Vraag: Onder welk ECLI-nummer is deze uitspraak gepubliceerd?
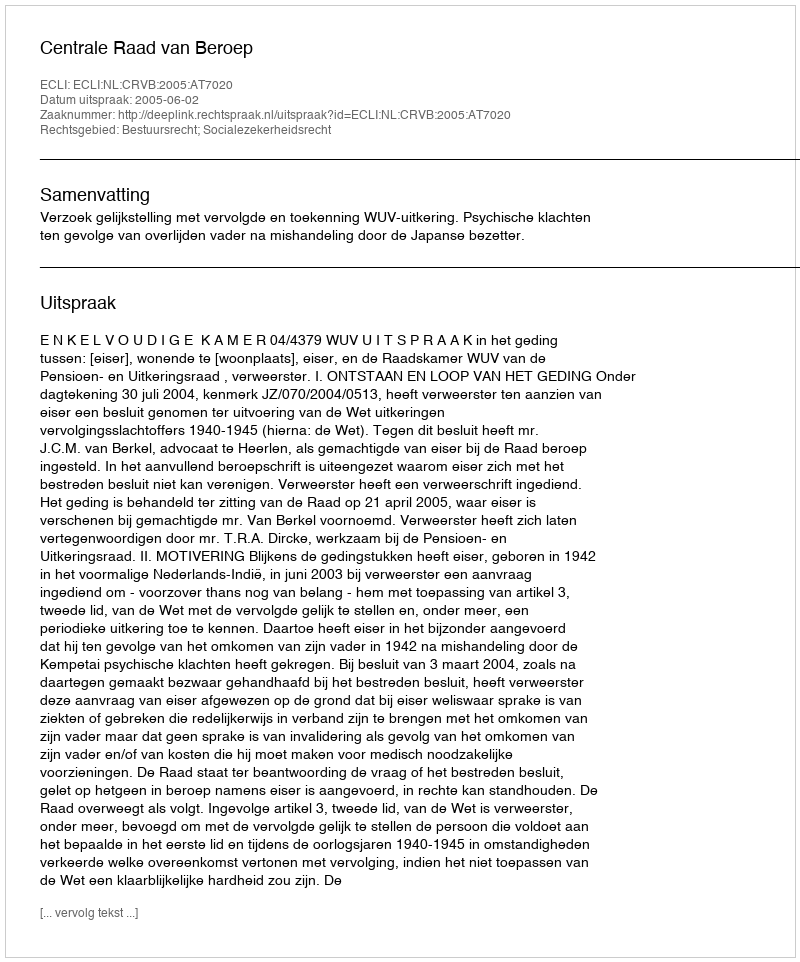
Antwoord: ECLI:NL:CRVB:2005:AT7020